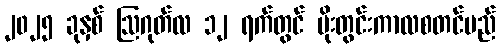
၂၀၂၅ ခုနှစ် ဩဂုတ်လ ၁၂ ရက်တွင် မိုးတွင်းကာလစတင်မည်